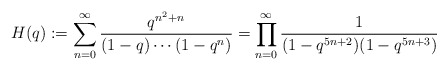
\begin{align*}H(q):=\sum_{n=0}^\infty\frac{q^{n^2+n}}{(1-q)\cdots(1-q^n)}=\prod_{n=0}^\infty\frac{1}{(1-q^{5n+2})(1-q^{5n+3})}\end{align*}